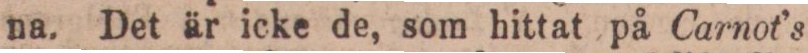
na. Det är icke de, som hittat på Carnot’s